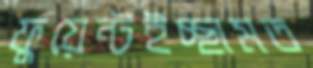
ফুয়েন্টইচ্ছামত